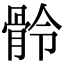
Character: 䯍